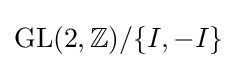
\operatorname {GL} (2,\mathbb {Z} )/\{I,-I\}